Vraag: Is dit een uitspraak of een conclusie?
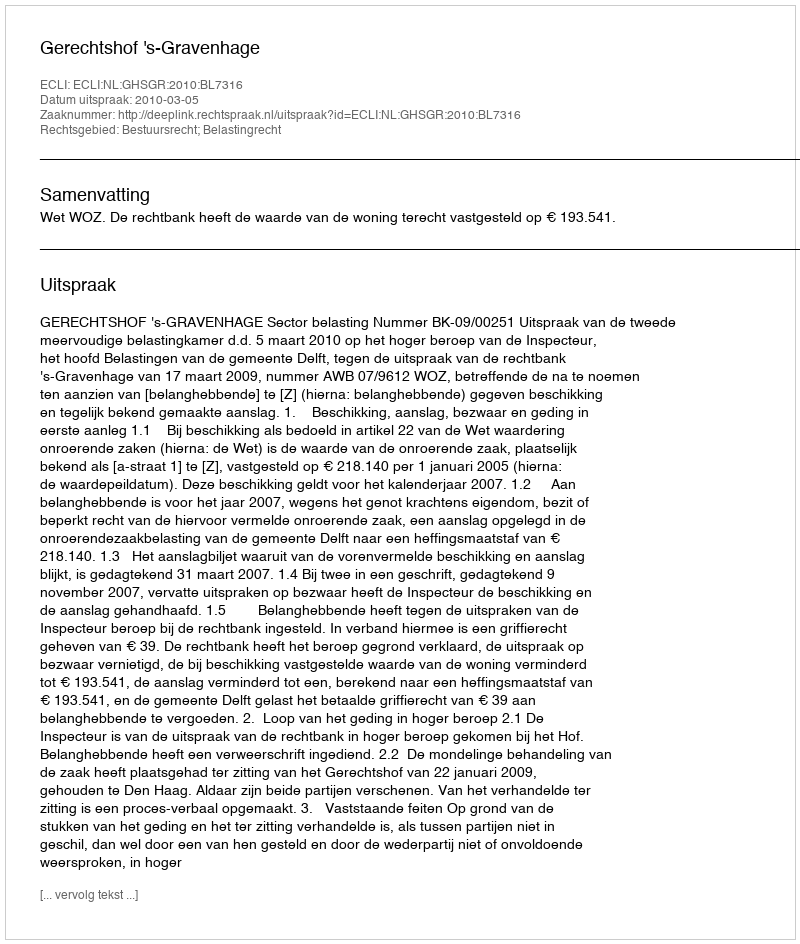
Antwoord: Uitspraak